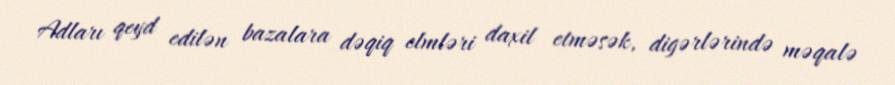
Adları qeyd edilən bazalara dəqiq elmləri daxil etməsək, digərlərində məqalə